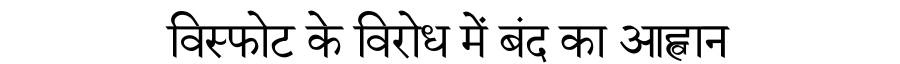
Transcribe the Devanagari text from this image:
विस्फोट के विरोध में बंद का आह्वान